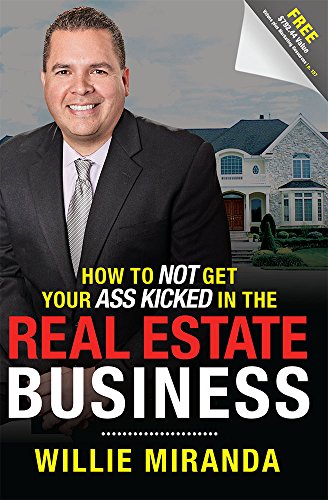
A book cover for How To Not Get Your Ass Kicked In The Real Estate Business; Willie Miranda; Business & Money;